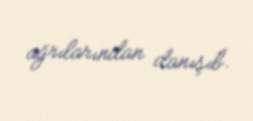
ağrılarından danışıb.